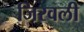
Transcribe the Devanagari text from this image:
जिरवली